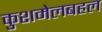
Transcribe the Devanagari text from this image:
कुशमेलबहल